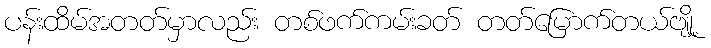
ပန်းထိမ်အတတ်မှာလည်း တစ်ဖက်ကမ်းခတ် တတ်မြောက်တယ်ဗျို့